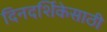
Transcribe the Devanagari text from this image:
दिनदर्शिकेसाठी